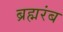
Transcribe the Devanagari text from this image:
ब्रह्मरंब